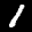
Label: 1